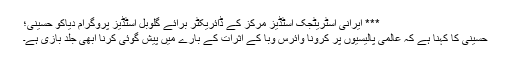
*** ایرانی اسٹریٹجک اسٹڈیز مرکز کے ڈائریکٹر برائے گلوبل اسٹڈیز پروگرام دیاکو حسینی؛
حسینی کا کہنا ہے کہ عالمی پالیسیوں پر کرونا وائرس وبا کے اثرات کے بارے میں پیش گوئی کرنا ابھی جلد بازی ہے۔